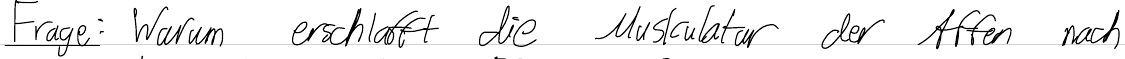
Frage: Warum erschlafft die Muskulatur der Affen nach